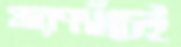
মারপ্যাঁচেই